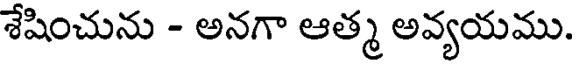
శేషించును - అనగా ఆత్మ అవ్యయము.